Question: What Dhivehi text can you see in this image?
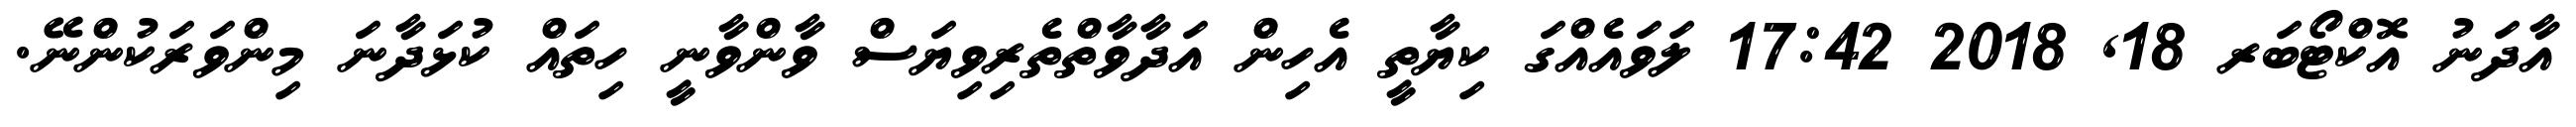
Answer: އާދަނު އޮކްޓޯބަރ 18, 2018 17:42 ލަވައެއްގަ ކިޔާތީ އެހިން އަދާވާތްތެރިވިޔަސް ވާންވާނީ ހިތައް ކުޅަދާނަ މިންވަރަކުންނޭ.